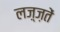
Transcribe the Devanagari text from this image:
लज़्ज़तें